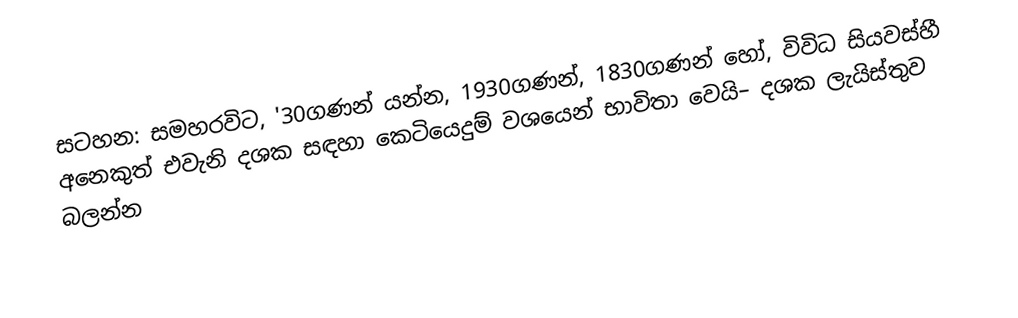
සටහන: සමහරවිට, '30ගණන් යන්න, 1930ගණන්, 1830ගණන් හෝ, විවිධ සියවස්හී අනෙකුත් එවැනි දශක සඳහා කෙටියෙදුම් වශයෙන් භාවිතා වෙයි– දශක ලැයිස්තුව බලන්න